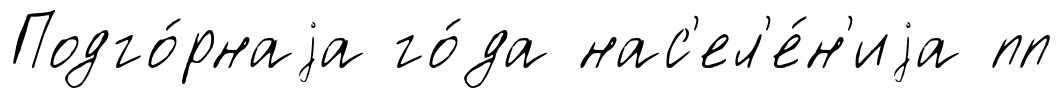
Подго́рнаjа го́да нас'ел'е́н'иjа пп